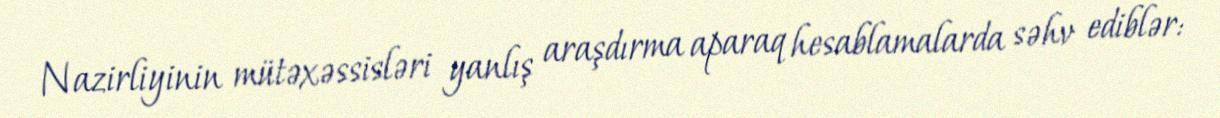
Nazirliyinin mütəxəssisləri yanlış araşdırma aparaq hesablamalarda səhv ediblər: